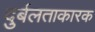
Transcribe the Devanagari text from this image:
दुर्बलताकारक